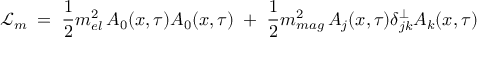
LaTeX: { \mathcal L } _ { m } \; = \; \frac { 1 } { 2 } m _ { e l } ^ { 2 } \, A _ { 0 } ( x , \tau ) A _ { 0 } ( x , \tau ) \; + \; \frac { 1 } { 2 } m _ { m a g } ^ { 2 } \, A _ { j } ( x , \tau ) \delta _ { j k } ^ { \perp } A _ { k } ( x , \tau )